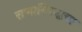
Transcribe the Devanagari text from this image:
राणाविरुद्धचा